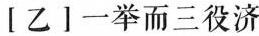
[ 乙 ] 一举而三役济